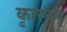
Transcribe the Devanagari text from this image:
कृत्स्नम्‌